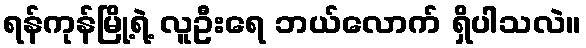
ရန်ကုန်မြို့ရဲ့ လူဦးရေ ဘယ်လောက် ရှိပါသလဲ။